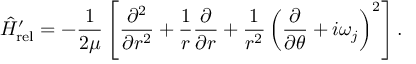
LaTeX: \hat { H } _ { \mathrm { r e l } } ^ { \prime } = - \frac { 1 } { 2 \mu } \left[ \frac { \partial ^ { 2 } } { \partial r ^ { 2 } } + \frac { 1 } { r } \frac { \partial } { \partial r } + \frac { 1 } { r ^ { 2 } } \left( \frac { \partial } { \partial \theta } + i \omega _ { j } \right) ^ { 2 } \right] .